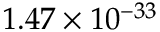
1 . 4 7 \times 1 0 ^ { - 3 3 }